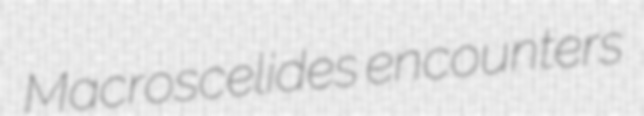
Macroscelides encounters